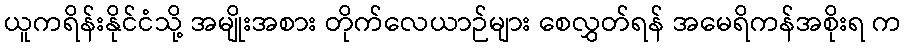
ယူကရိန်းနိုင်ငံသို့ အမျိုးအစား တိုက်လေယာဉ်များ စေလွှတ်ရန် အမေရိကန်အစိုးရ က